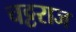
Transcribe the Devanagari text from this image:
चट्टराज